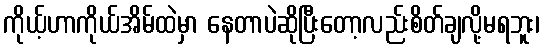
ကိုယ့်ဟာကိုယ်အိမ်ထဲမှာ နေတာပဲဆိုပြီးတော့လည်းစိတ်ချလို့မရဘူး၊